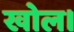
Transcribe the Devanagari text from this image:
खोल।